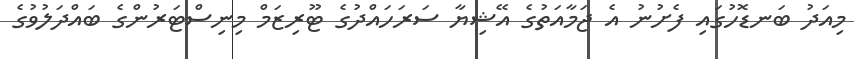
މިއަދު ބަނޑޮހުގައި ފެށުނު އެ ޖަމާއަތުގެ އޭޝިޔާ ސަރަހައްދުގެ ޓޫރިޒަމް މިނިސްޓަރުންގެ ބައްދަލުވުގެ